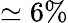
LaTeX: \simeq 6\%